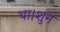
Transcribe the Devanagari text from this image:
था।शुन